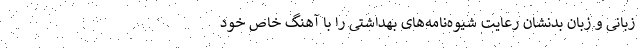
زبانی و زبان بدنشان رعایت شیوه‌نامه‌های بهداشتی را با آهنگ خاص خود